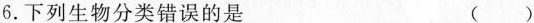
6.下列生物分类错误的是 ( )